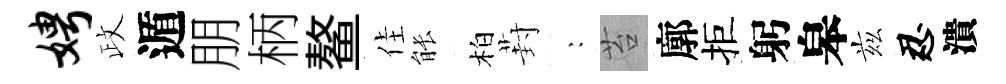
娉政遁朋柄鳌佳䏻柏葑巍苔廓拒躬皋兹忍潰